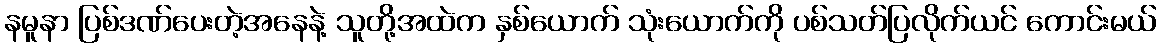
နမူနာ ပြစ်ဒဏ်ပေးတဲ့အနေနဲ့ သူတို့အထဲက နှစ်ယောက် သုံးယောက်ကို ပစ်သတ်ပြလိုက်ယင် ကောင်းမယ်